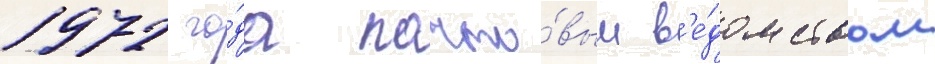
1972 го́да почто́вым в'е́домством